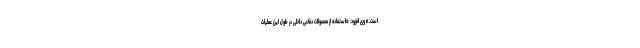
است.» وی افزود: «استفاده از محصولات دفاعی داخلی در طول این عملیات